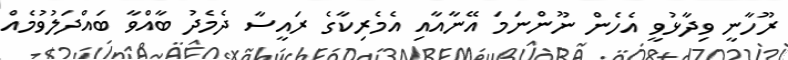
ރޫހާނީ ވިދާޅުވީ އެހެން ނޫންނަމަ އޭނާއާއި އެމެރިކާގެ ރައީސާ ދެމެދު ބާއްވާ ބައްދަލުވުމެއް